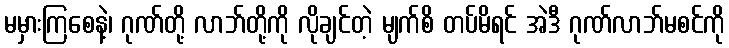
မမှားကြစေနဲ့၊ ဂုဏ်တို့ လာဘ်တို့ကို လိုချင်တဲ့ မျက်စိ တပ်မိရင် အဲဒီ ဂုဏ်လာဘ်မစင်ကို